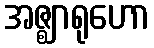
အဇ္ဈာရုဟော